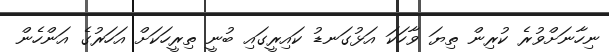
ނިހާނަށްވުރެ ކުރިން ތިޔަ ވާހަކަ އަޅުގަނޑު ކައިރީގައި ބުނީ ތިރީހަކަށް އަހަރުގެ އަންހެން